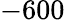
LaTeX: -600